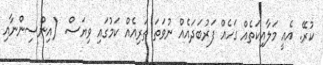
ކުރޭ. އެއީ މަލާއިކަތެއް ގަހެއް ފަރުބަދައެއް ނުވަތަ ތަރިއެއް ކަމުގައި ވިޔަސް. (އިންސިންނާއި